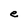
Character: e